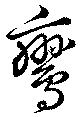
鸞